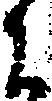
に